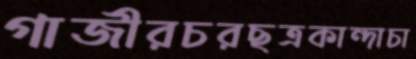
গাজীরচরছত্রকান্দাচা